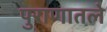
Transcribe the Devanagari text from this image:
पुराणातले